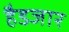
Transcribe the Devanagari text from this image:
हैडजार